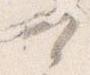
可